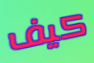
كيف